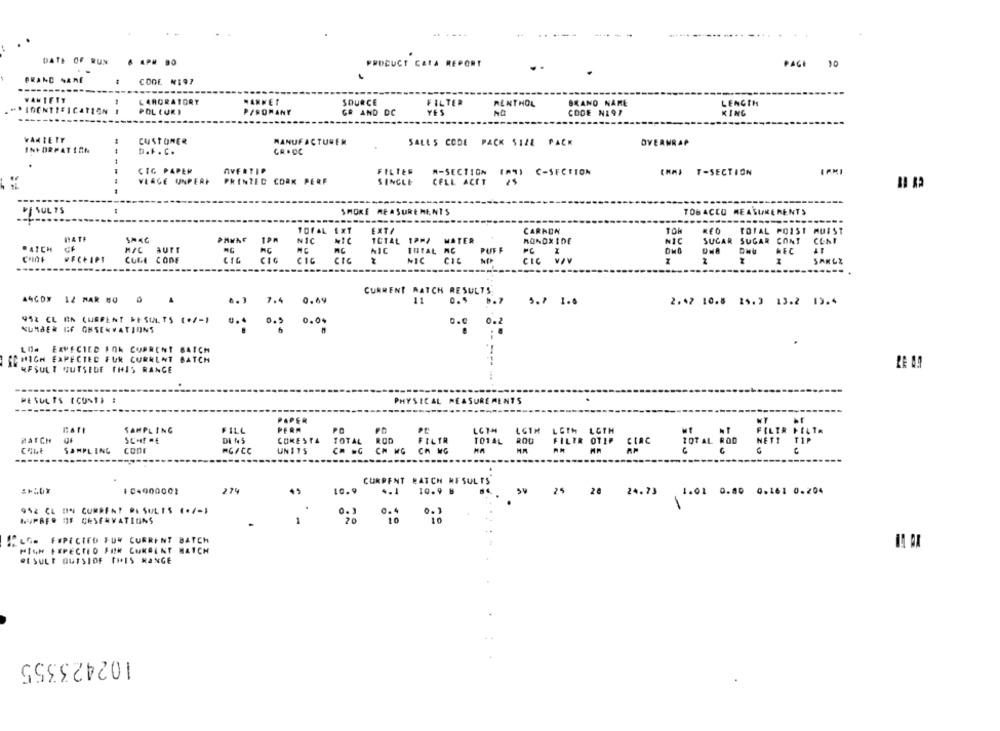
DATE OF RUN
@ APM DO
PRODUCT CATA REPORT
PAGE
BRAND NAME
CODE NI97
WANIETY
LAHORATORY
MARKET
SOURCE
FILTER
RENTHOL
BRAND NAME
LENGTH
*IDENTIFICATION .
- -
POL CUKI
PISOMANY
G& AND DC
YES
CODE NI97
KING
VARIETY
CUSTOMER
MANUFACTURER
SALES CODE PACK SIZE PACK
OVERWRAP
INFORMATION
-.-
D.F . C.
GR .DC
CIG PAPER
AVEATIP
FILTES
M-SECTION
(A9) C-SECTION
IMMI T-SECTION
VLAGE UNPERF
PRINTED CORK PERF
SINGLE
CELL ACET
SHORE MEASUREMENTS
TOBACCO MEASUREMENTS
WESUL TS
TOFAL EXT
EXTA
CARBON
TOM
TOTAL POIST MUIST
14 TE
NIC
NIC
TOTAL 1PPA
MATER
MONOXIDE
SUGAR SUGAR
CENI
"AICH
MIC AUTT
PUFF F
NIC
NIC
TOTAL NC
HEC 41
CODE CODE
CI6
CIC
CIC
NIC
CIL
CEC
SARLE
-----
----
CURRENT RATCH RESULTS
A4CDX 12 MAR MQ
0.69
0.5
.7
6.3 7.4
5.7 1.6
2.42 10.8 24.3 13.2 19.4
942 CL ON CURRENT RESULTS (+/-)
0.04
0.0
0.2
NUMBER IF ONSENVATIONS
0.5
LO EXPECTED FOK CURRENT BATCH
CC HIGH EXPECTED FUR CURRENT BATCH
WFSULT OUTSIDE THIS RANCE
MESUL TS (CONT) :
PHYSICAL MEASUREMENTS
PAPER
SAMPLING
FILL
PERA
FD
LGTH
LOTH LOTH LOTH
CONESTA
ROD
MATCH
TOTAL
FILTR
TOTAL ROD
FILTR OTIP CIRC
SAMPLING
conr
MG/ CC
UNITS
CH WG
CA WG
RP
CURRENT BATCH RESULTS
10+000001
279
10.9
4.1
10.9 8
25 28 24.73 1.01 0.80 0.161 0.204
952 CL IN CURRENT RESULTS (·7-1
0. 3
NUMBER OF GRSERVATIONS
20
LG FPECTED FUR CURRENT BATCH
MIGH EXPECTED FIN CURGENT BATCH
RESULT QUISIOF THIS RANGE
102423355